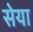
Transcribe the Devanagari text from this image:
सेया